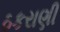
ઠકરાણી